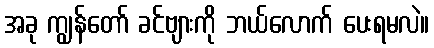
အခု ကျွန်တော် ခင်ဗျားကို ဘယ်လောက် ပေးရမလဲ။